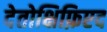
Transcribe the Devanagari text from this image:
देतोक्षिफ़िएद